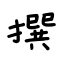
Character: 撰